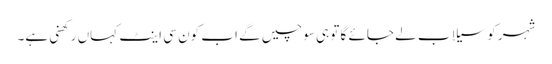
شہر کو سیلاب لے جائے گا تو ہی سوچیں گے اب کون سی اینٹ کہاں رکھنی ہے۔